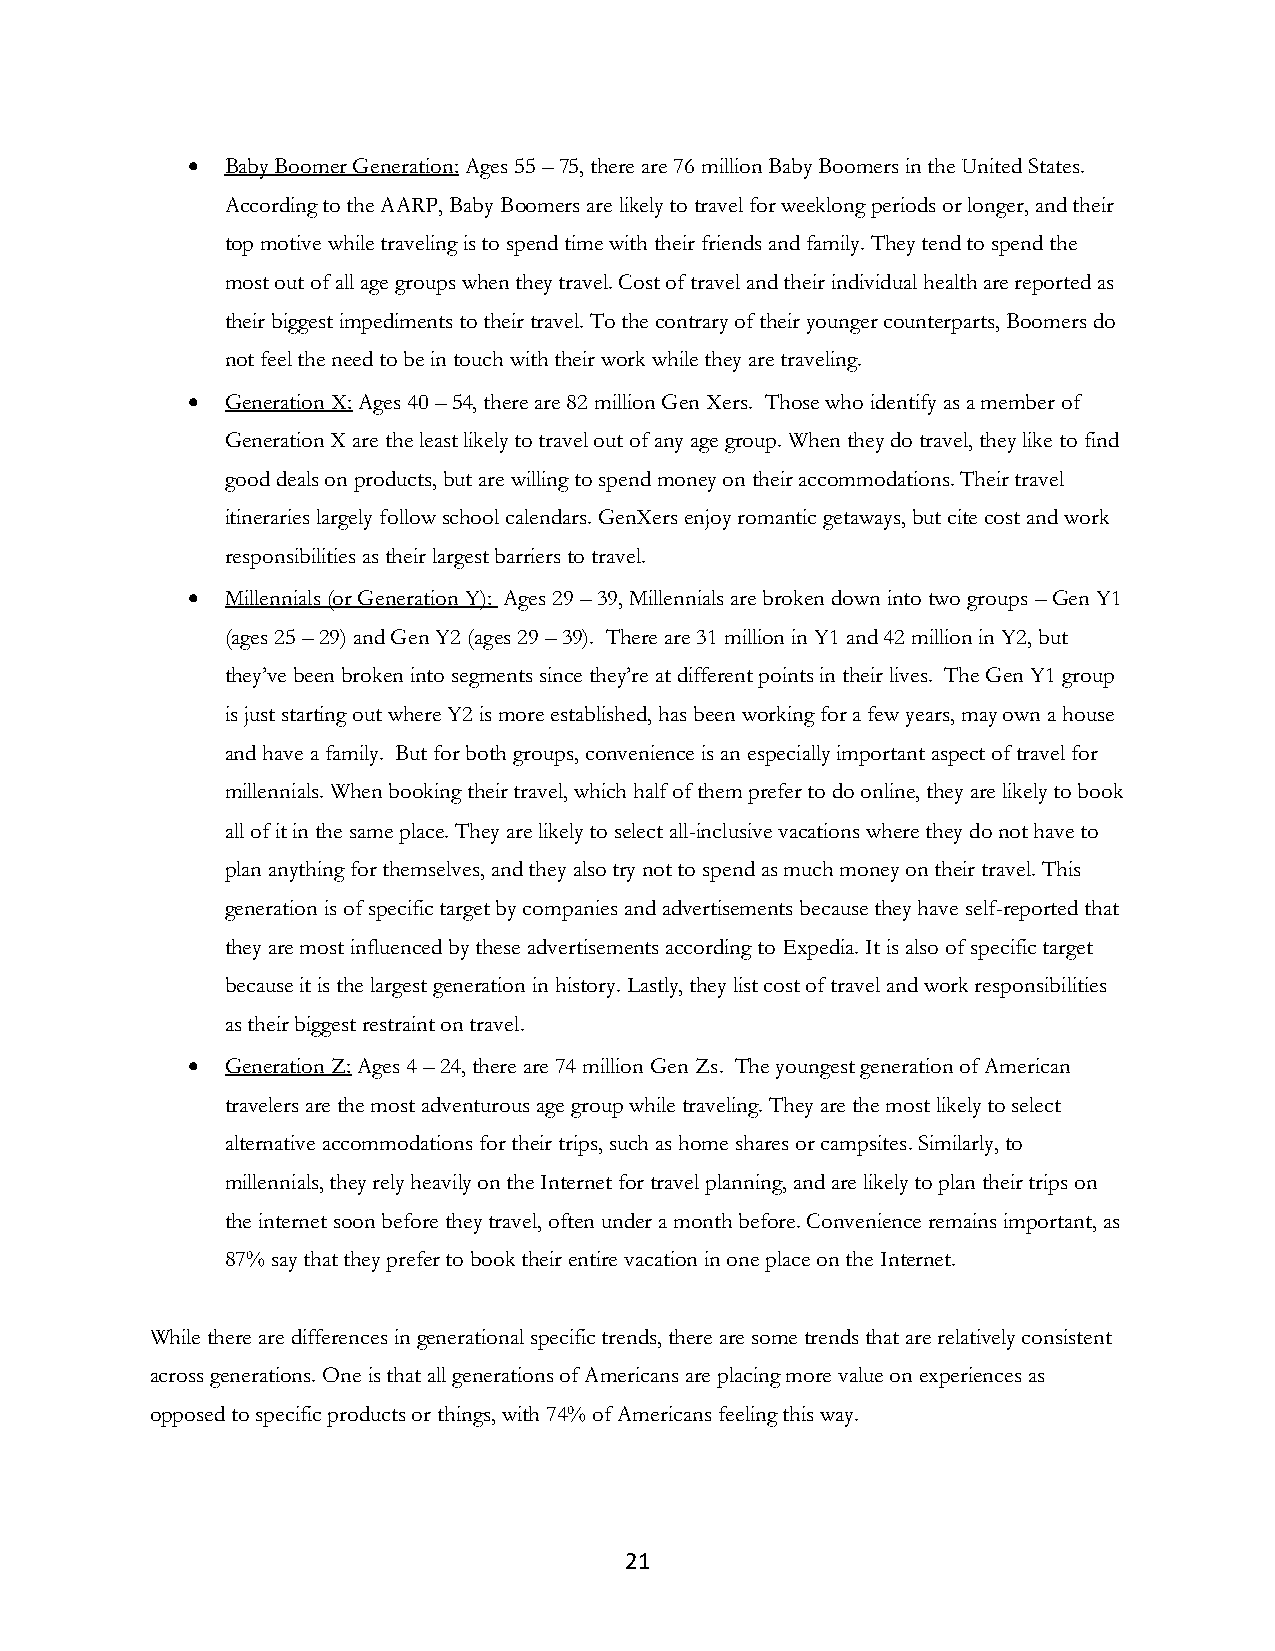
•  Baby Boomer Generation: Ages 55 – 75, there are 76 million Baby Boomers in the United States.
 According to the AARP, Baby Boomers are likely to travel for weeklong periods or longer, and their
 top motive while traveling is to spend time with their friends and family. They tend to spend the
 most out of all age groups when they travel. Cost of travel and their individual health are reported as
 their biggest impediments to their travel. To the contrary of their younger counterparts, Boomers do
 not feel the need to be in touch with their work while they are traveling.
 •  Generation X: Ages 40 – 54, there are 82 million Gen Xers. Those who identify as a member of
 Generation X are the least likely to travel out of any age group. When they do travel, they like to find
 good deals on products, but are willing to spend money on their accommodations. Their travel
 itineraries largely follow school calendars. GenXers enjoy romantic getaways, but cite cost and work
 responsibilities as their largest barriers to travel.
 •  Millennials (or Generation Y): Ages 29 – 39, Millennials are broken down into two groups – Gen Y1
 (ages 25 – 29) and Gen Y2 (ages 29 – 39). There are 31 million in Y1 and 42 million in Y2, but
 they’ve been broken into segments since they’re at different points in their lives. The Gen Y1 group
 is just starting out where Y2 is more established, has been working for a few years, may own a house
 and have a family. But for both groups, convenience is an especially important aspect of travel for
 millennials. When booking their travel, which half of them prefer to do online, they are likely to book
 all of it in the same place. They are likely to select all-inclusive vacations where they do not have to
 plan anything for themselves, and they also try not to spend as much money on their travel. This
 generation is of specific target by companies and advertisements because they have self-reported that
 they are most influenced by these advertisements according to Expedia. It is also of specific target
 because it is the largest generation in history. Lastly, they list cost of travel and work responsibilities
 as their biggest restraint on travel.
 •  Generation Z: Ages 4 – 24, there are 74 million Gen Zs. The youngest generation of American
 travelers are the most adventurous age group while traveling. They are the most likely to select
 alternative accommodations for their trips, such as home shares or campsites. Similarly, to
 millennials, they rely heavily on the Internet for travel planning, and are likely to plan their trips on
 the internet soon before they travel, often under a month before. Convenience remains important, as
 87% say that they prefer to book their entire vacation in one place on the Internet.
 While there are differences in generational specific trends, there are some trends that are relatively consistent
 across generations. One is that all generations of Americans are placing more value on experiences as
 opposed to specific products or things, with 74% of Americans feeling this way.
 21